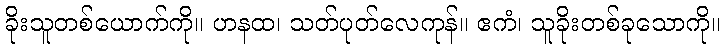
ခိုးသူတစ်ယောက်ကို။ ဟနထ၊ သတ်ပုတ်လေကုန်။ ဧကံ၊ သူခိုးတစ်ခုသောကို။